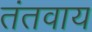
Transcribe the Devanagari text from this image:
तंतवाय